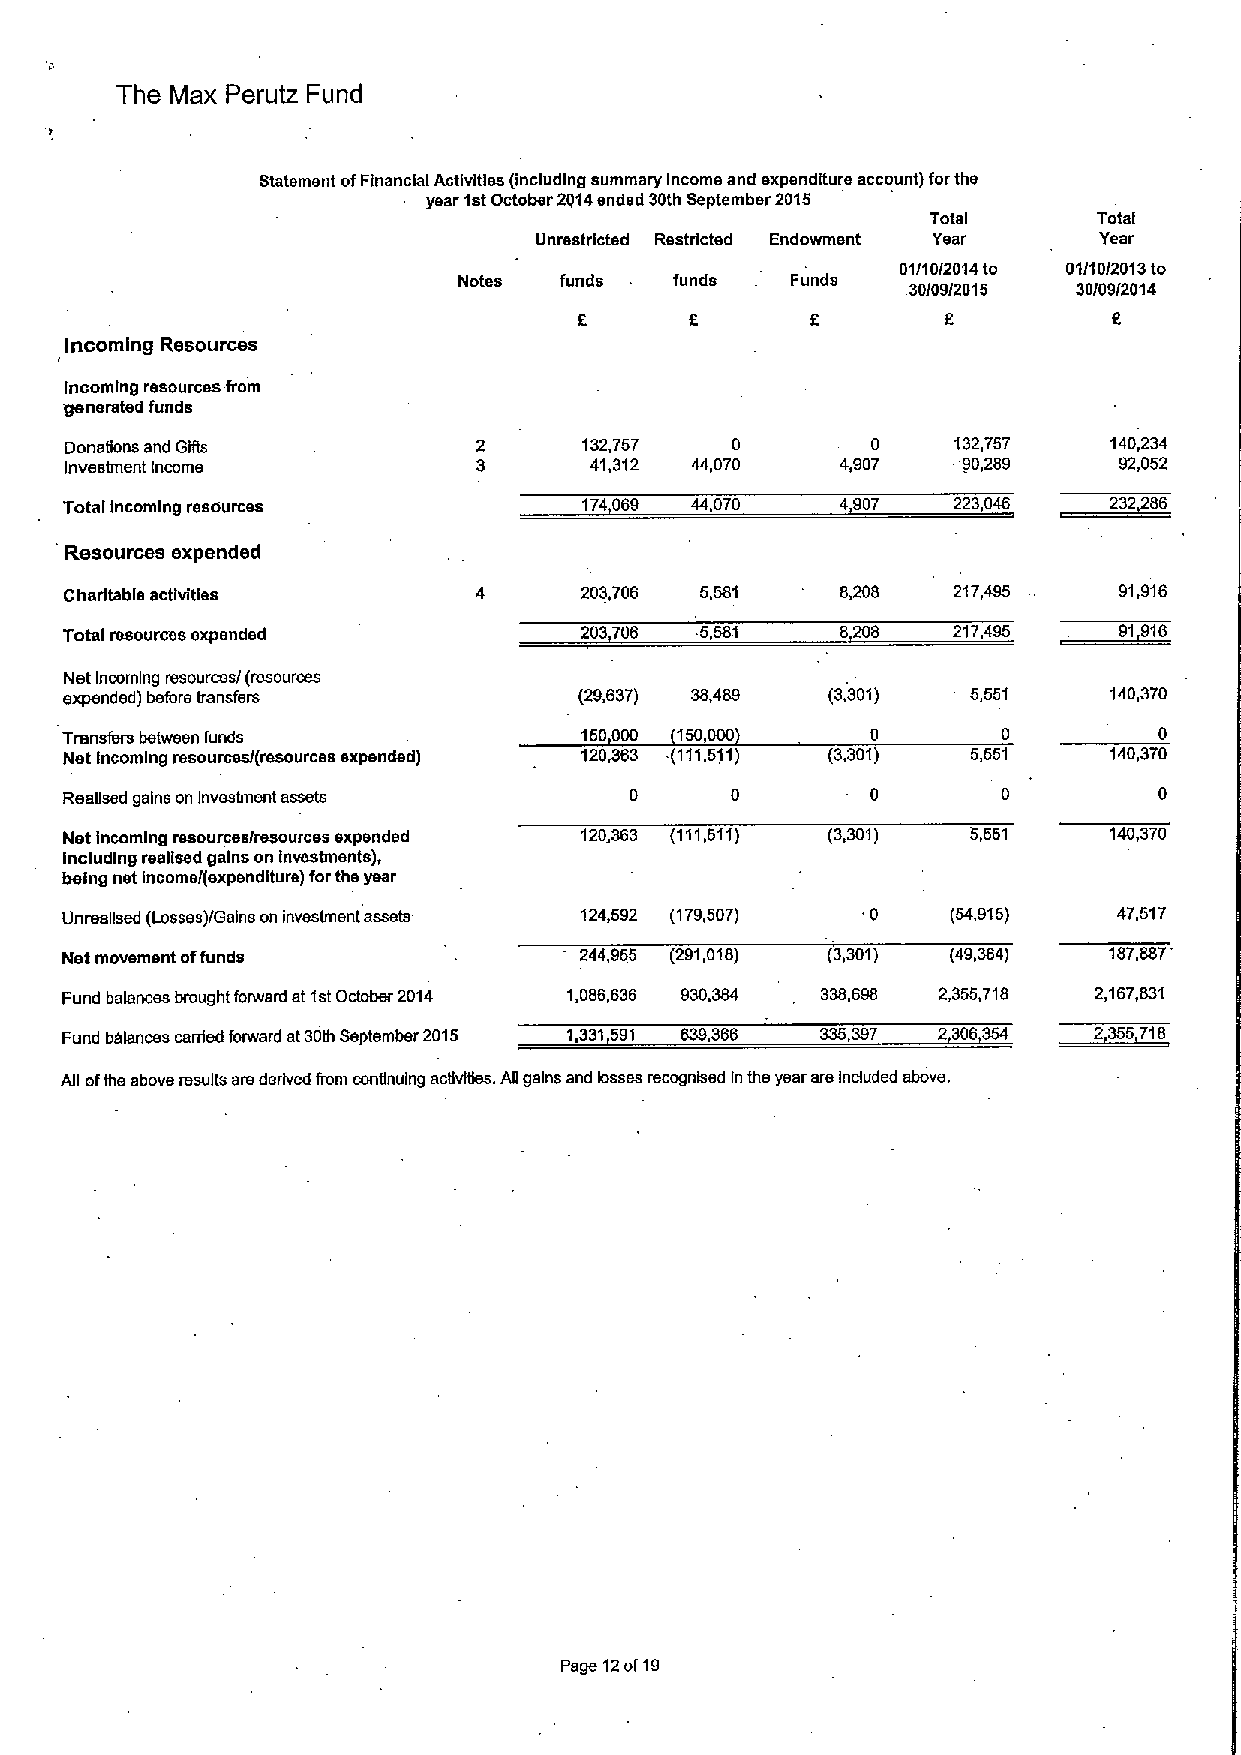
The Max Perutz Fund
 Statement ofFinancial Activities (including summary Income and expenditure account) forthe
 year 1stOctober 2014ended 30th September 2015
 Total      Total
 Unrestricted Restricted Endowment Year Year
 01/10/2014 to 01/10/2013 to
 Notes  funds   funds  Funds
 30I09/2015 30/09/2014
 Incoming Resources
 Incoming resources from
 'generated funds
 Donations and Gifls                132,757  0         0    132,757   140,234
 investment Income                  41,312 44,070    4,907   90,289    92,052
 Total Incoming resources           174069 44,070    4907   223,046
 Resources expended
 Charttable activities             203,706 5,581     8,208  217,495    91,916
 Total resources expended          203706  5,581     8208   217,495
 Net Incoming resources/ (resources
 expended) before transfers        (29,637)         (3,301)  5,551    140,370
 Transfers between funds           160000 160,000
 Net Incoming resources/(resources expended) 120,363 .(111,511) (3,301) 5,651 140,370
 Reaysed gains on Investment assets
 Net Incoming resources/resources expended 120„363 (111,611) (3,301) 5,561 140,370
 Including realised gains on Investments),
 being net Income/(expenditure) forthe year
 Unreassed (Losses)/Gains on investment assets 124,692 (179,507) 0 (54,915) 47,517
 Net movement offunds              244,966 (291,018) (3,301) (49,364) 187,887'
 Fund balances brought forward at 1stOctober 2014 1,086,636 930,384 338,698 2,355,718 2,167,831
 Fund balances carried fonvard at30th September 2015 1,331591 639,366 335,397 2306354
 AU ofthe above results are derived from continuing acUvl5es. AU gains and losses rscognbed Inthe year ars Induded above.
 Page 12of19